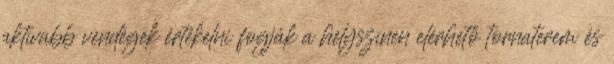
aktívabb vendégek értékelni fogják a helyszínen elérhető tornaterem és